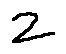
2